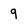
Character: 9